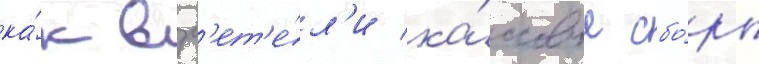
ка́к взл'ет'е́л'и ка́ссовые сбо́ры